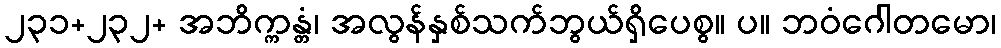
၂၃၁+၂၃၂+ အဘိက္ကန္တံ၊ အလွန်နှစ်သက်ဘွယ်ရှိပေစွ။ ပ။ ဘဝံဂေါတမော၊